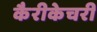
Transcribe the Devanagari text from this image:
कैरीकेचरी